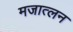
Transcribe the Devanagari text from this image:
मजात्लन